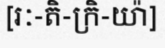
[រៈ-តិ-ក្រិ-យ៉ា]